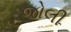
જોલી